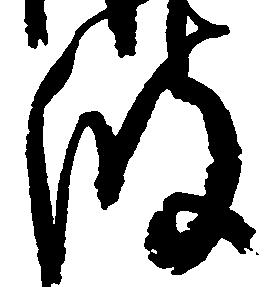
波